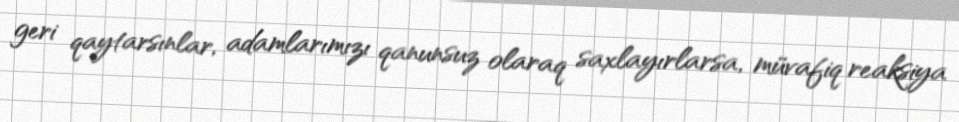
geri qaytarsınlar, adamlarımızı qanunsuz olaraq saxlayırlarsa, müvafiq reaksiya